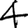
Digit: 4